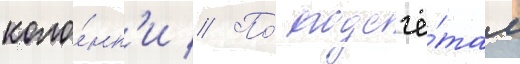
коло́нк'и // По́ подсчё́там